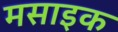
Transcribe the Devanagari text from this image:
मसाइक